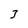
Character: 3